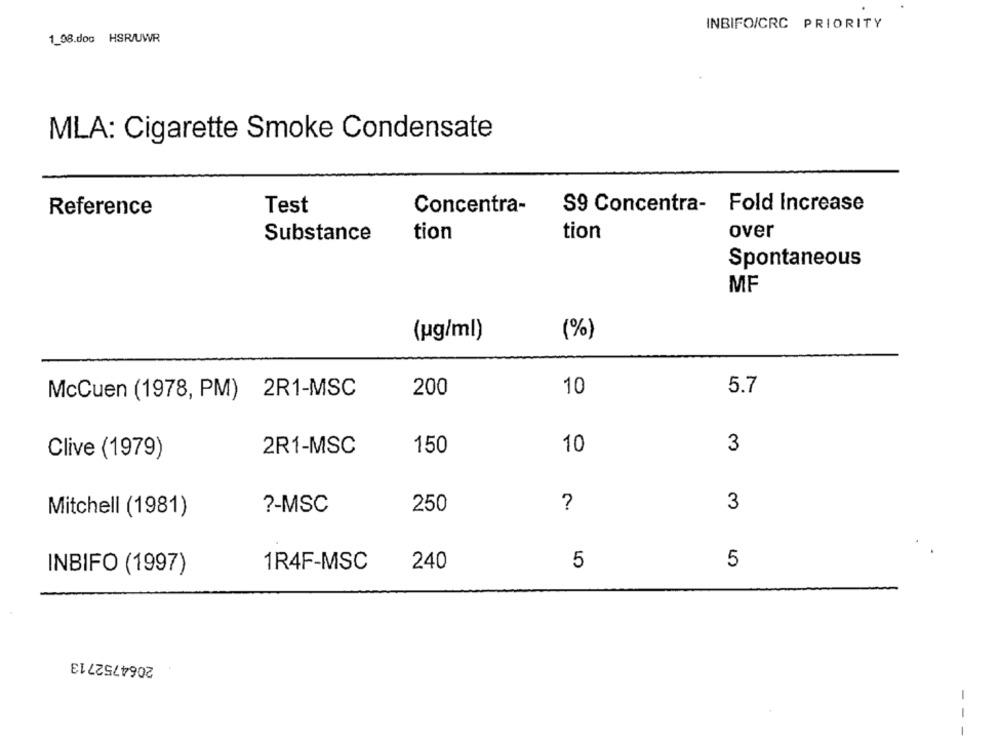
INBIFOICRC PRIORITY
1_98.doc HSR/UWR
MLA: Cigarette Smoke Condensate
S9 Concentra- Fold Increase
Reference
Test
Concentra-
Substance
tion
tion
over
Spontaneous
MF
(pg/ml)
(%)
McCuen (1978, PM) 2R1-MSC
200
10
5.7
2R1-MSC
150
10
3
Clive (1979)
?- MSC
250
?
3
Mitchell (1981)
5
5
INBIFO (1997)
1R4F-MSC
240
2064752713
- -
-